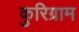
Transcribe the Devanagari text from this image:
कुरिग्राम